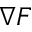
\nabla F